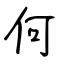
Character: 何